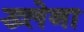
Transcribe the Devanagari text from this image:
ख्लेना